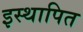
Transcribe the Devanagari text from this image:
इस्थापित